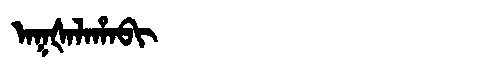
Manchu: ᠠᡴᡧᠠᠯᠠᡥᠠᠪᡳ
Romanization: AKŠALAHABI